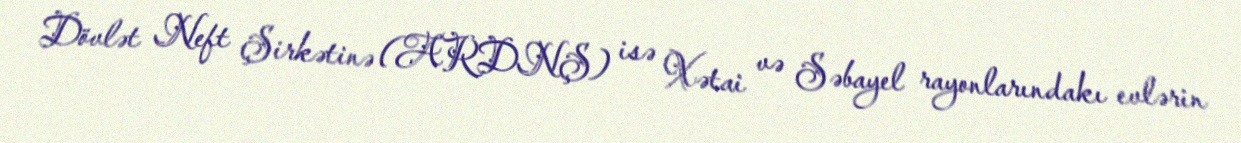
Dövlət Neft Şirkətinə (ARDNŞ) isə Xətai və Səbayel rayonlarındakı evlərin